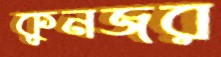
কুনজর